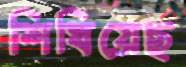
শিখিয়েছ